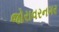
જોરાવરનગર